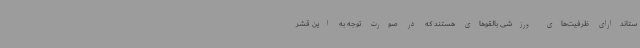
ستاندارای ظرفیت‌های ورزشی بالقوهای هستند که در صورت توجه به این قشر